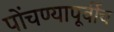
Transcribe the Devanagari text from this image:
पोंचण्यापूर्वीच